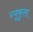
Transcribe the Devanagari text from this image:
न्यूकुला